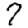
Digit: 7